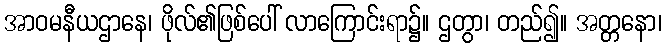
အာဝမနီယဌာနေ၊ ဖိုလ်၏ဖြစ်ပေါ် လာကြောင်းရာ၌။ ဌတွာ၊ တည်၍။ အတ္တနော၊